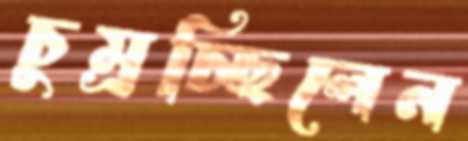
চুম্‌রচ্ছিলেন